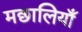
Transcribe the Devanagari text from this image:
मछालियाँ